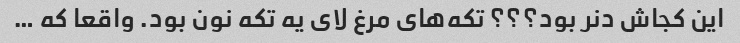
این کجاش دنر بود؟؟؟ تکه‌های مرغ لای یه تکه نون بود. واقعا که …